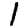
Digit: 1